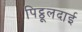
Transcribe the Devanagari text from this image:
पिट्ठूलदाई